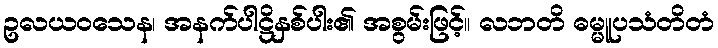
ဥလယဝသေန၊ အနက်ပါဋ္ဌိနှစ်ပါး၏ အစွမ်းဖြင့်။ လဘတိ ဓမ္မူပသံတိတံ